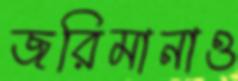
জরিমানাও